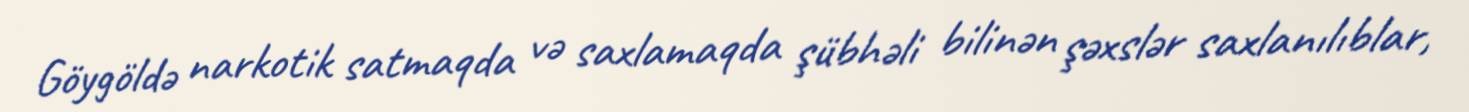
Göygöldə narkotik satmaqda və saxlamaqda şübhəli bilinən şəxslər saxlanılıblar,